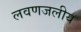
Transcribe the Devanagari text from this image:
लवणजलीय